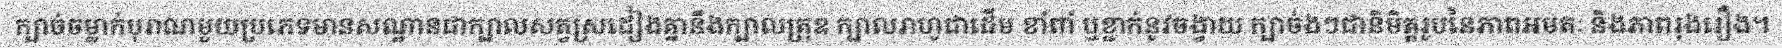
ក្បាច់ចម្លាក់បុរាណមួយប្រភេទមានសណ្ឋានជាក្បាលសត្វស្រដៀងគ្នានឹងក្បាលគ្រុឌ ក្បាលរាហូជាដើម ខាំពាំ ឬខ្ជាក់នូវចង្វាយ ក្បាច់ងៗជានិមិត្តរូបនៃភាពអមតៈ និងភាពរុងរឿង។